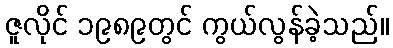
ဇူလိုင် ၁၉၈၉တွင် ကွယ်လွန်ခဲ့သည်။